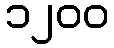
၁၂၀၀